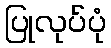
ပြုလုပ်ပုံ